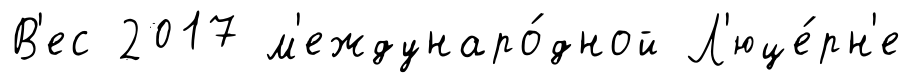
В'ес 2017 м'еждунаро́дной Л'юце́рн'е